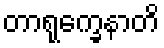
တာရုက္ခေနာတိ